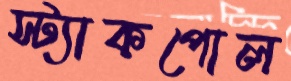
স্ট্যাকপোল